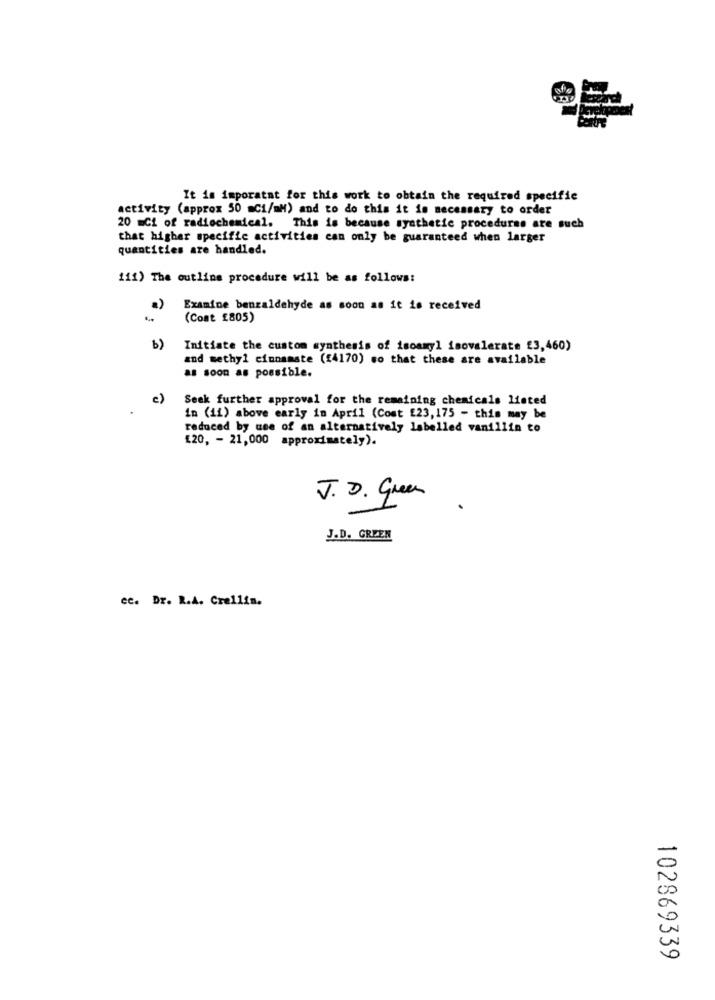
It is imporatat for this work to obtain the required specific
activity (approx 50 mCi/mM) and to do this it is necessary to order
20 =Ci of radiochemical. This is because synthetic procedures are such
that higher specific activities can only be guaranteed when larger
quantities are handled.
111) The outline procedure will be as follows:
a)
Examine benzaldehyde as soon as it is received
(Cont £805)
b)
Initiate the custom synthesis of isoamyl isovalerate £3,460)
and methyl cinnamate (£4170) so that these are available
as soon as possible.
c)
Seek further approval for the remaining chemicals listed
in (ii) above early in April (Cost £23, 175 - this may be
reduced by use of an alternatively labelled vanillin to
[20, - 21,000 approximately).
J. D. Green
J.D. GREEN
ec. Dr. R.A. Crellin.
102869339